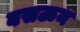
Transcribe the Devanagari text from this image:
बसऊन